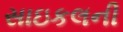
સાઇકલની